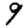
Digit: 9